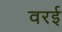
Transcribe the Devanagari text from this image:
वरई